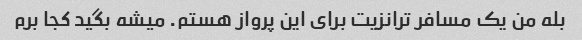
بله من یک مسافر ترانزیت برای این پرواز هستم. میشه بگید کجا برم